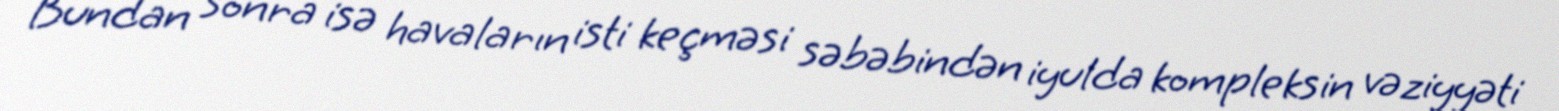
Bundan sonra isə havaların isti keçməsi səbəbindən iyulda kompleksin vəziyyəti